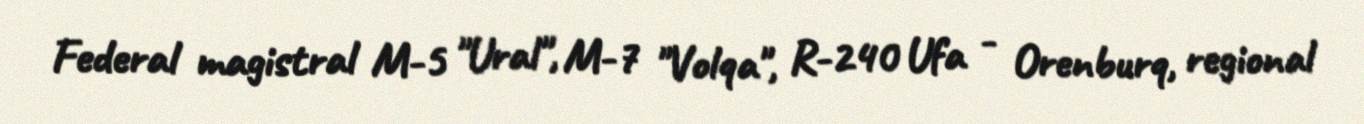
Federal magistral M-5 "Ural", M-7 "Volqa", R-240 Ufa - Orenburq, regional